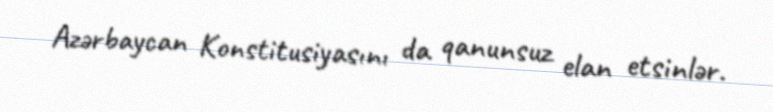
Azərbaycan Konstitusiyasını da qanunsuz elan etsinlər.